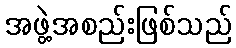
အဖွဲ့အစည်းဖြစ်သည်